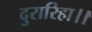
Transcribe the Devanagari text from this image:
दुरारिहा।।